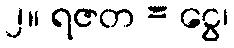
၂။ ရဇတ = ငွေ၊